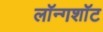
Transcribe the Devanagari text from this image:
लॉन्गशॉट